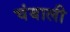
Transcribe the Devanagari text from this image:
चंबाली